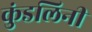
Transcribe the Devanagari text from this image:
कुंडलिनी